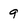
Character: 9